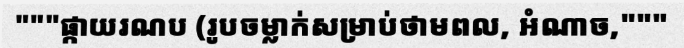
"""ផ្កាយរណប (រូបចម្លាក់សម្រាប់ថាមពល, អំណាច,"""